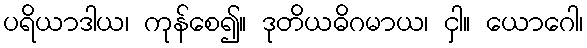
ပရိယာဒါယ၊ ကုန်စေ၍။ ဒုတိယဓိဂမာယ၊ ငှါ။ ယောဂေါ၊